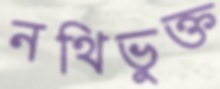
নথিভুক্ত